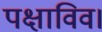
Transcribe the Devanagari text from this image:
पक्षाविव।